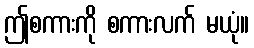
ဤစကားကို စကားလက် မယုံ။